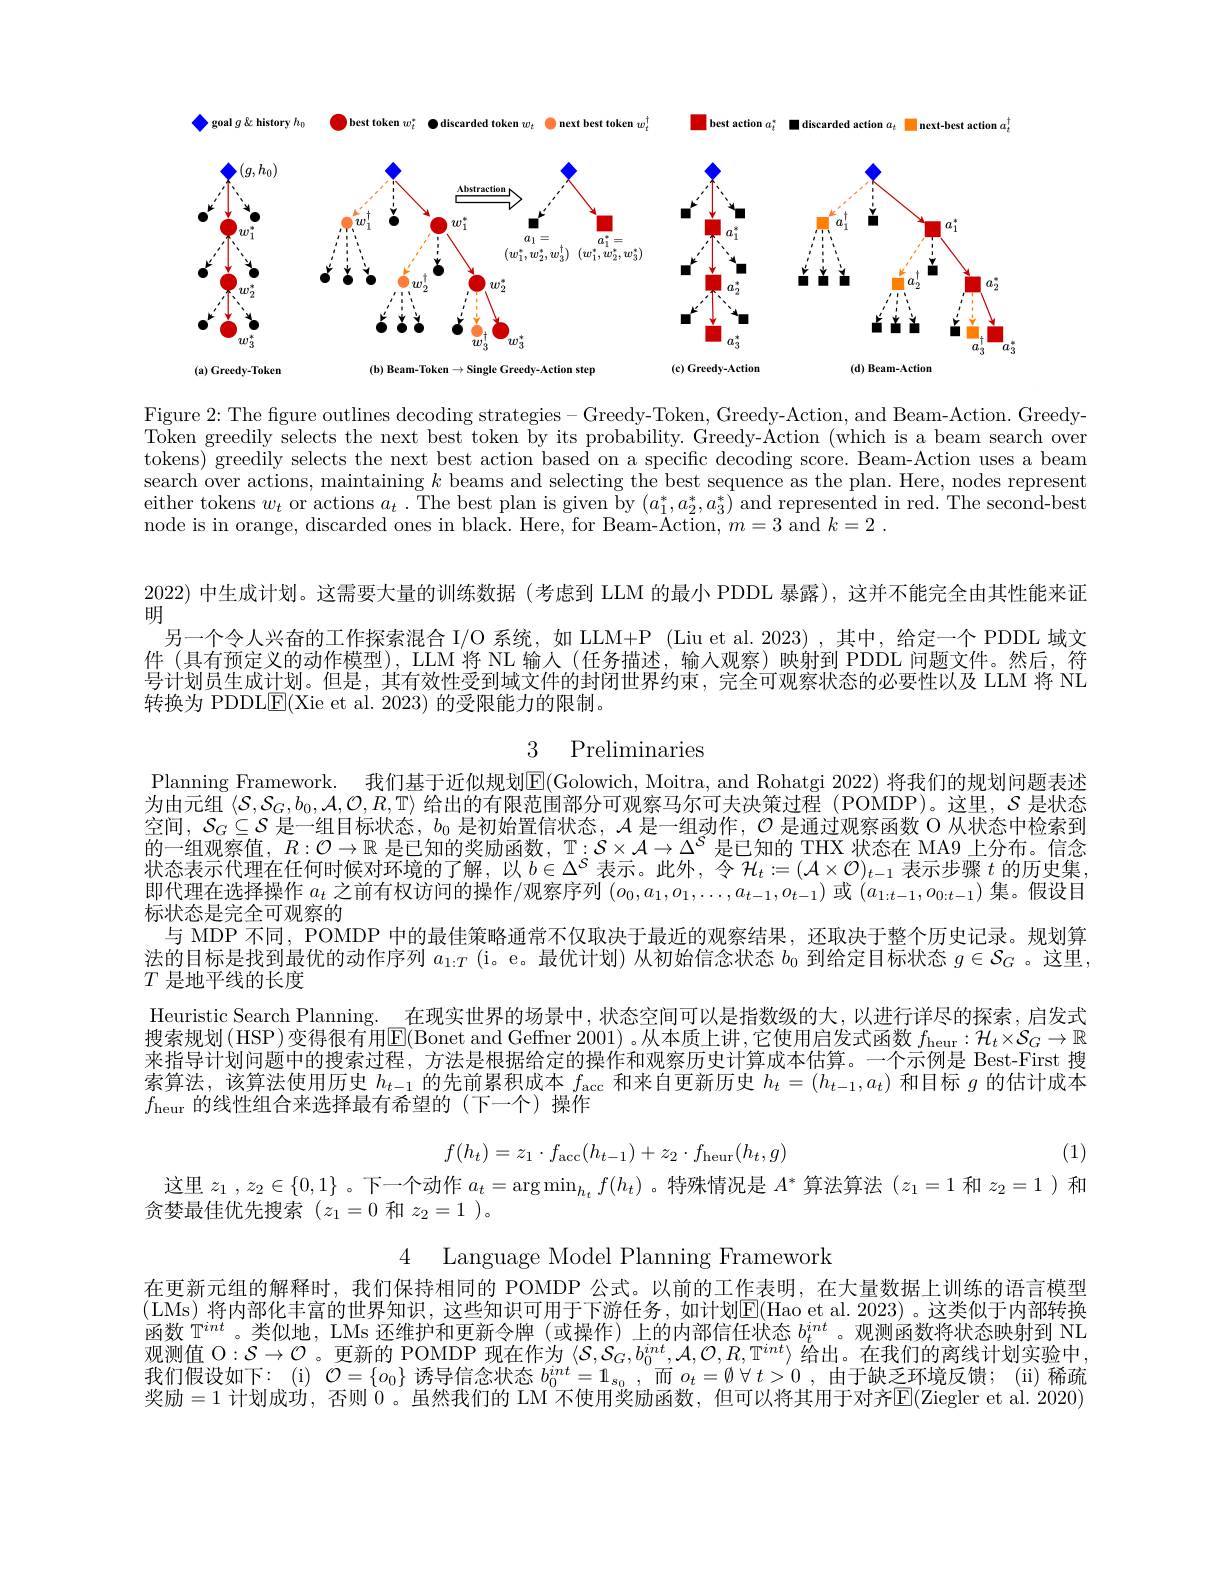
<FigureHere>

Figure 2: The figure outlines decoding strategies - Greedy-Token, Greedy-Action, and Beam-Action. GreedyToken greedily selects the next best token by its probability. Greedy-Åction (which is a beam search over tokens) greedily selects the next best action based on a specific decoding score. Beam-Action uses a beam search over actions, maintaining $k$ beams and selecting the best sequence as the plan. Here, nodes represent either tokens $w_t$ or actions $a_t$ .The best plan is given by $(a_1^*,a_2^*,a_3^*)$ and represented in red. The second-bestis pres pres pres pres pres pres pres pres pres pres pres pres pres pres pres pres pres pres pres pre pres pres pres pres pres pr node is in orange, discarded ones in black. Here, for Beam-Action, $m=3$ and $k= 2$ .

2022) 中生成计划。这需要大量的训练数据 (考虑到 LLM 的最小 PDDL 暴露), 这并不能完全由其性能来证
明
另一个令人兴奋的工作探索混合 I/O 系统，如 LLM+P (Liu et al.2023) ,其中，给定一个 PDDL 域文件 (具有预定义的动作模型), LLM 将 NL 输人 (任务描述，输入观察)映射到 PDDL 问题文件。然后，符号计划员生成计划。但是，其有效性受到域文件的封闭世界约束，完全可观察状态的必要性以及 LLM 将 NL 转换为 PDDLE(Xie et al. 2023) 的受限能力的限制。

3 Preliminaries

Planning Framework. 我们基于近似规划E(Golowich, Moitra, and Rohatgi 2022) 将我们的规划问题表述为由元组$\left\langle\mathcal{S},\mathcal{S}_G,b_0,\mathcal{A},\mathcal{O},\mathcal{R},\mathbb{T}\right\rangle$给出的有限范围部分可观察马尔可夫决策过程(POMDP)。这里，$\mathcal{S}$ 是状态空间，$S_G\subseteq S$是一组目标状态，$b_0$是初始置信状态，$\mathcal{A}$是一组动作，$\mathcal{O}$是通过观察函数 O 从状态中检索到的一组观察值，$R:\mathcal{O}\to\mathbb{R}$是已知的奖励函数，$\mathbb{T}:S\times\mathcal{A}\to\Delta^S$是已知的 THX 状态在 MA9 上分布。信念状态表示代理在任何时候对环境的了解，以$b\in\Delta^S$表示。此外，令$\mathcal{H}_t:=(\mathcal{A}\times\mathcal{O})_{t-1}$表示步骤$t$的历史集即代理在选择操作$a_t$之前有权访问的操作/观察序列$(o_0,a_1,o_1,\ldots,a_{t-1},o_{t-1})$或$(a_1:t-1,o_{0:t-1})$集。假设目标状态是完全可观察的
与 MDP 不同，POMDP 中的最佳策略通常不仅取决于最近的观察结果，还取决于整个历史记录。规划算法的目标是找到最优的动作序列$a_1:T$ (i。e。最优计划) 从初始信念状态$b_0$到给定目标状态$g\in\mathcal{S}_G$ 。这里， $T$是地平线的长度
Heuristic Search Planning. 在现实世界的场景中，状态空间可以是指数级的大，以进行详尽的探索，启发式搜索规划(HSP)变得很有用$\boxed{\mathrm{E}}($Bonet and Geffner 2001) 。从本质上讲，它使用启发式函数 $f_\text{heur}: \mathcal{H} _t\times \mathcal{S} _G\to \mathbb{R}$ 来指导计划问题中的搜索过程，方法是根据给定的操作和观察历史计算成本估算。一个示例是 Best-First 搜索算法，该算法使用历史$h_t-1$的先前累积成本$f_{\mathrm{acc}}$和来自更新历史$h_t=(h_t-1,a_t)$和目标$g$的估计成本$f_{\mathrm{heur}}$的线性组合来选择最有希望的(下一个)操作
$$f(h_t)=z_1\cdot f_{\mathrm{acc}}(h_{t-1})+z_2\cdot f_{\mathrm{heur}}(h_t,g)$$
(1)

这里$z_1,z_2\in\{0,1\}$ 。下一个动作$a_t=\arg\min_{h_{t}}f(h_{t})$ 。特殊情况是$A^*$算法算法$(z_1=1$和$z_2=1$ )和

贪婪最佳优先搜索(z_1=0 和 $z_2= 1) $。

4 Language Model Planning Framework

在更新元组的解释时，我们保持相同的 POMDP 公式。以前的工作表明，在大量数据上训练的语言模型(LMs)将内部化丰富的世界知识，这些知识可用于下游任务，如计划$\mathbb{E}($Hao et al.2023)。这类似于内部转换函数$\mathbb{T}^{int}$。类似地，LMs 还维护和更新令牌(或操作)上的内部信任状态$b_t^{int}$。观测函数将状态映射到 NL 观测值 O$:\mathcal{S}\to\mathcal{O}$ 。更新的 POMDP 现在作为$\langle\mathcal{S},\mathcal{S}_G,b_0^{int},\mathcal{A},\mathcal{O},\mathcal{T}^{int}\rangle$给出。在我们的离线计划实验中我们假设如下：(i) $\mathcal{O}=\{o_0\}$诱导信念状态$b_0^{int}=\mathbb{1}_{s_0}$,而$o_t=\emptyset\forall t>0$ ,由于缺乏环境反馈；(ii) 稀疏奖励=1 计划成功，否则 0。虽然我们的 LM 不使用奖励函数，但可以将其用于对齐$\mathbb{E}($Ziegler et al. 2020)